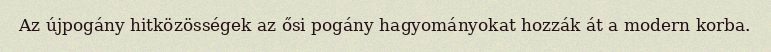
Az újpogány hitközösségek az ősi pogány hagyományokat hozzák át a modern korba.